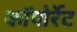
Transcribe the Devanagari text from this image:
कॉपोर्रेट